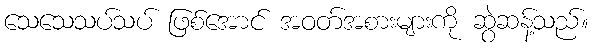
သေသေသပ်သပ် ဖြစ်အောင် အဝတ်အစားများကို ဆွဲဆန့်သည်။